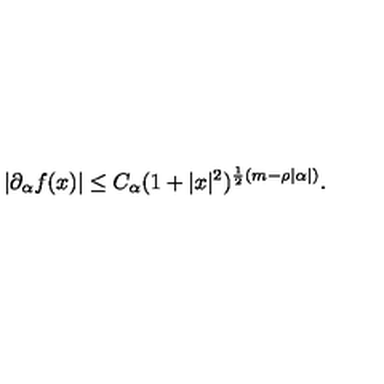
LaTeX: | \partial _ { \alpha } f ( x ) | \le C _ { \alpha } ( 1 + | x | ^ { 2 } ) ^ { \frac { 1 } { 2 } ( m - \rho | \alpha | ) } .